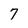
Character: 7